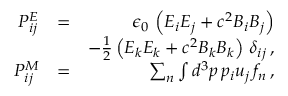
\begin{array} { r l r } { { \cal P } _ { i j } ^ { E } } & { = } & { \epsilon _ { 0 } \, \left( E _ { i } E _ { j } + c ^ { 2 } B _ { i } B _ { j } \right) } \\ & { } & { - \frac { 1 } { 2 } \left( E _ { k } E _ { k } + c ^ { 2 } B _ { k } B _ { k } \right) \, \delta _ { i j } \, , } \\ { { \cal P } _ { i j } ^ { M } } & { = } & { \sum _ { n } \int d ^ { 3 } p \, p _ { i } u _ { j } \, f _ { n } \, , } \end{array}